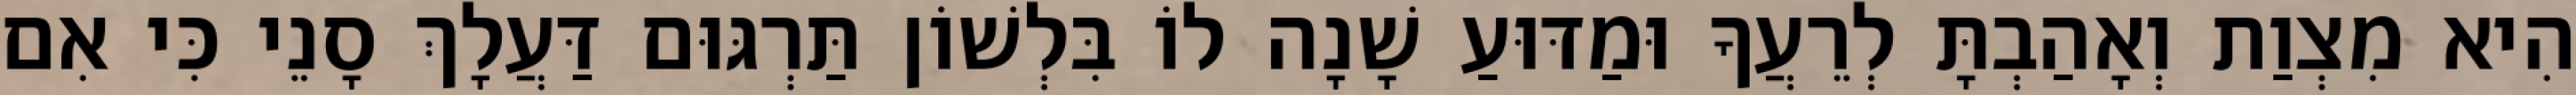
הִיא מִצְוַת וְאָהַבְתָּ לְרֵעֲךָ וּמַדּוּעַ שָׁנָה לוֹ בִּלְשׁוֹן תַּרְגּוּם דַּעֲלָךְ סָנֵי כִּי אִם